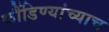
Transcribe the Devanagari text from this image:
कौंडिण्यांच्याच